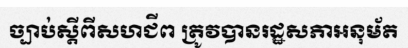
ច្បាប់ស្តីពីសហជីព ត្រូវបានរដ្ឋសភាអនុម័ត